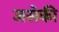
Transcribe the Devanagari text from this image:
जसेकी